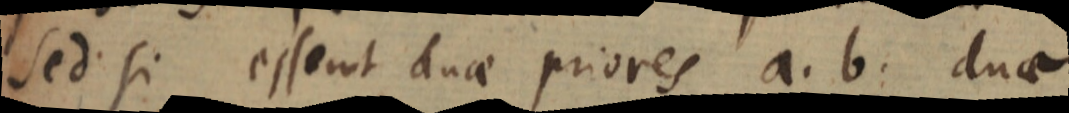
Sed si essent duae priores a. b. duae